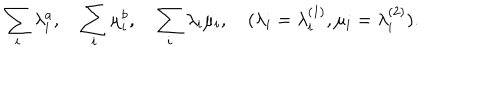
LaTeX: \sum _ { i } \lambda _ { i } ^ { a } , \quad \sum _ { i } \mu _ { i } ^ { b } , \quad \sum _ { i } \lambda _ { i } \mu _ { i } , \quad ( \lambda _ { i } = \lambda _ { i } ^ { ( 1 ) } , \mu _ { i } = \lambda _ { i } ^ { ( 2 ) } ) .